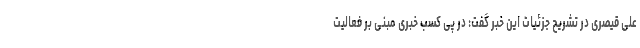
علی قیصری در تشریح جزئیات این خبر گفت: در پی کسب خبری مبنی بر فعالیت